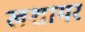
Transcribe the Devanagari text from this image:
खशायर